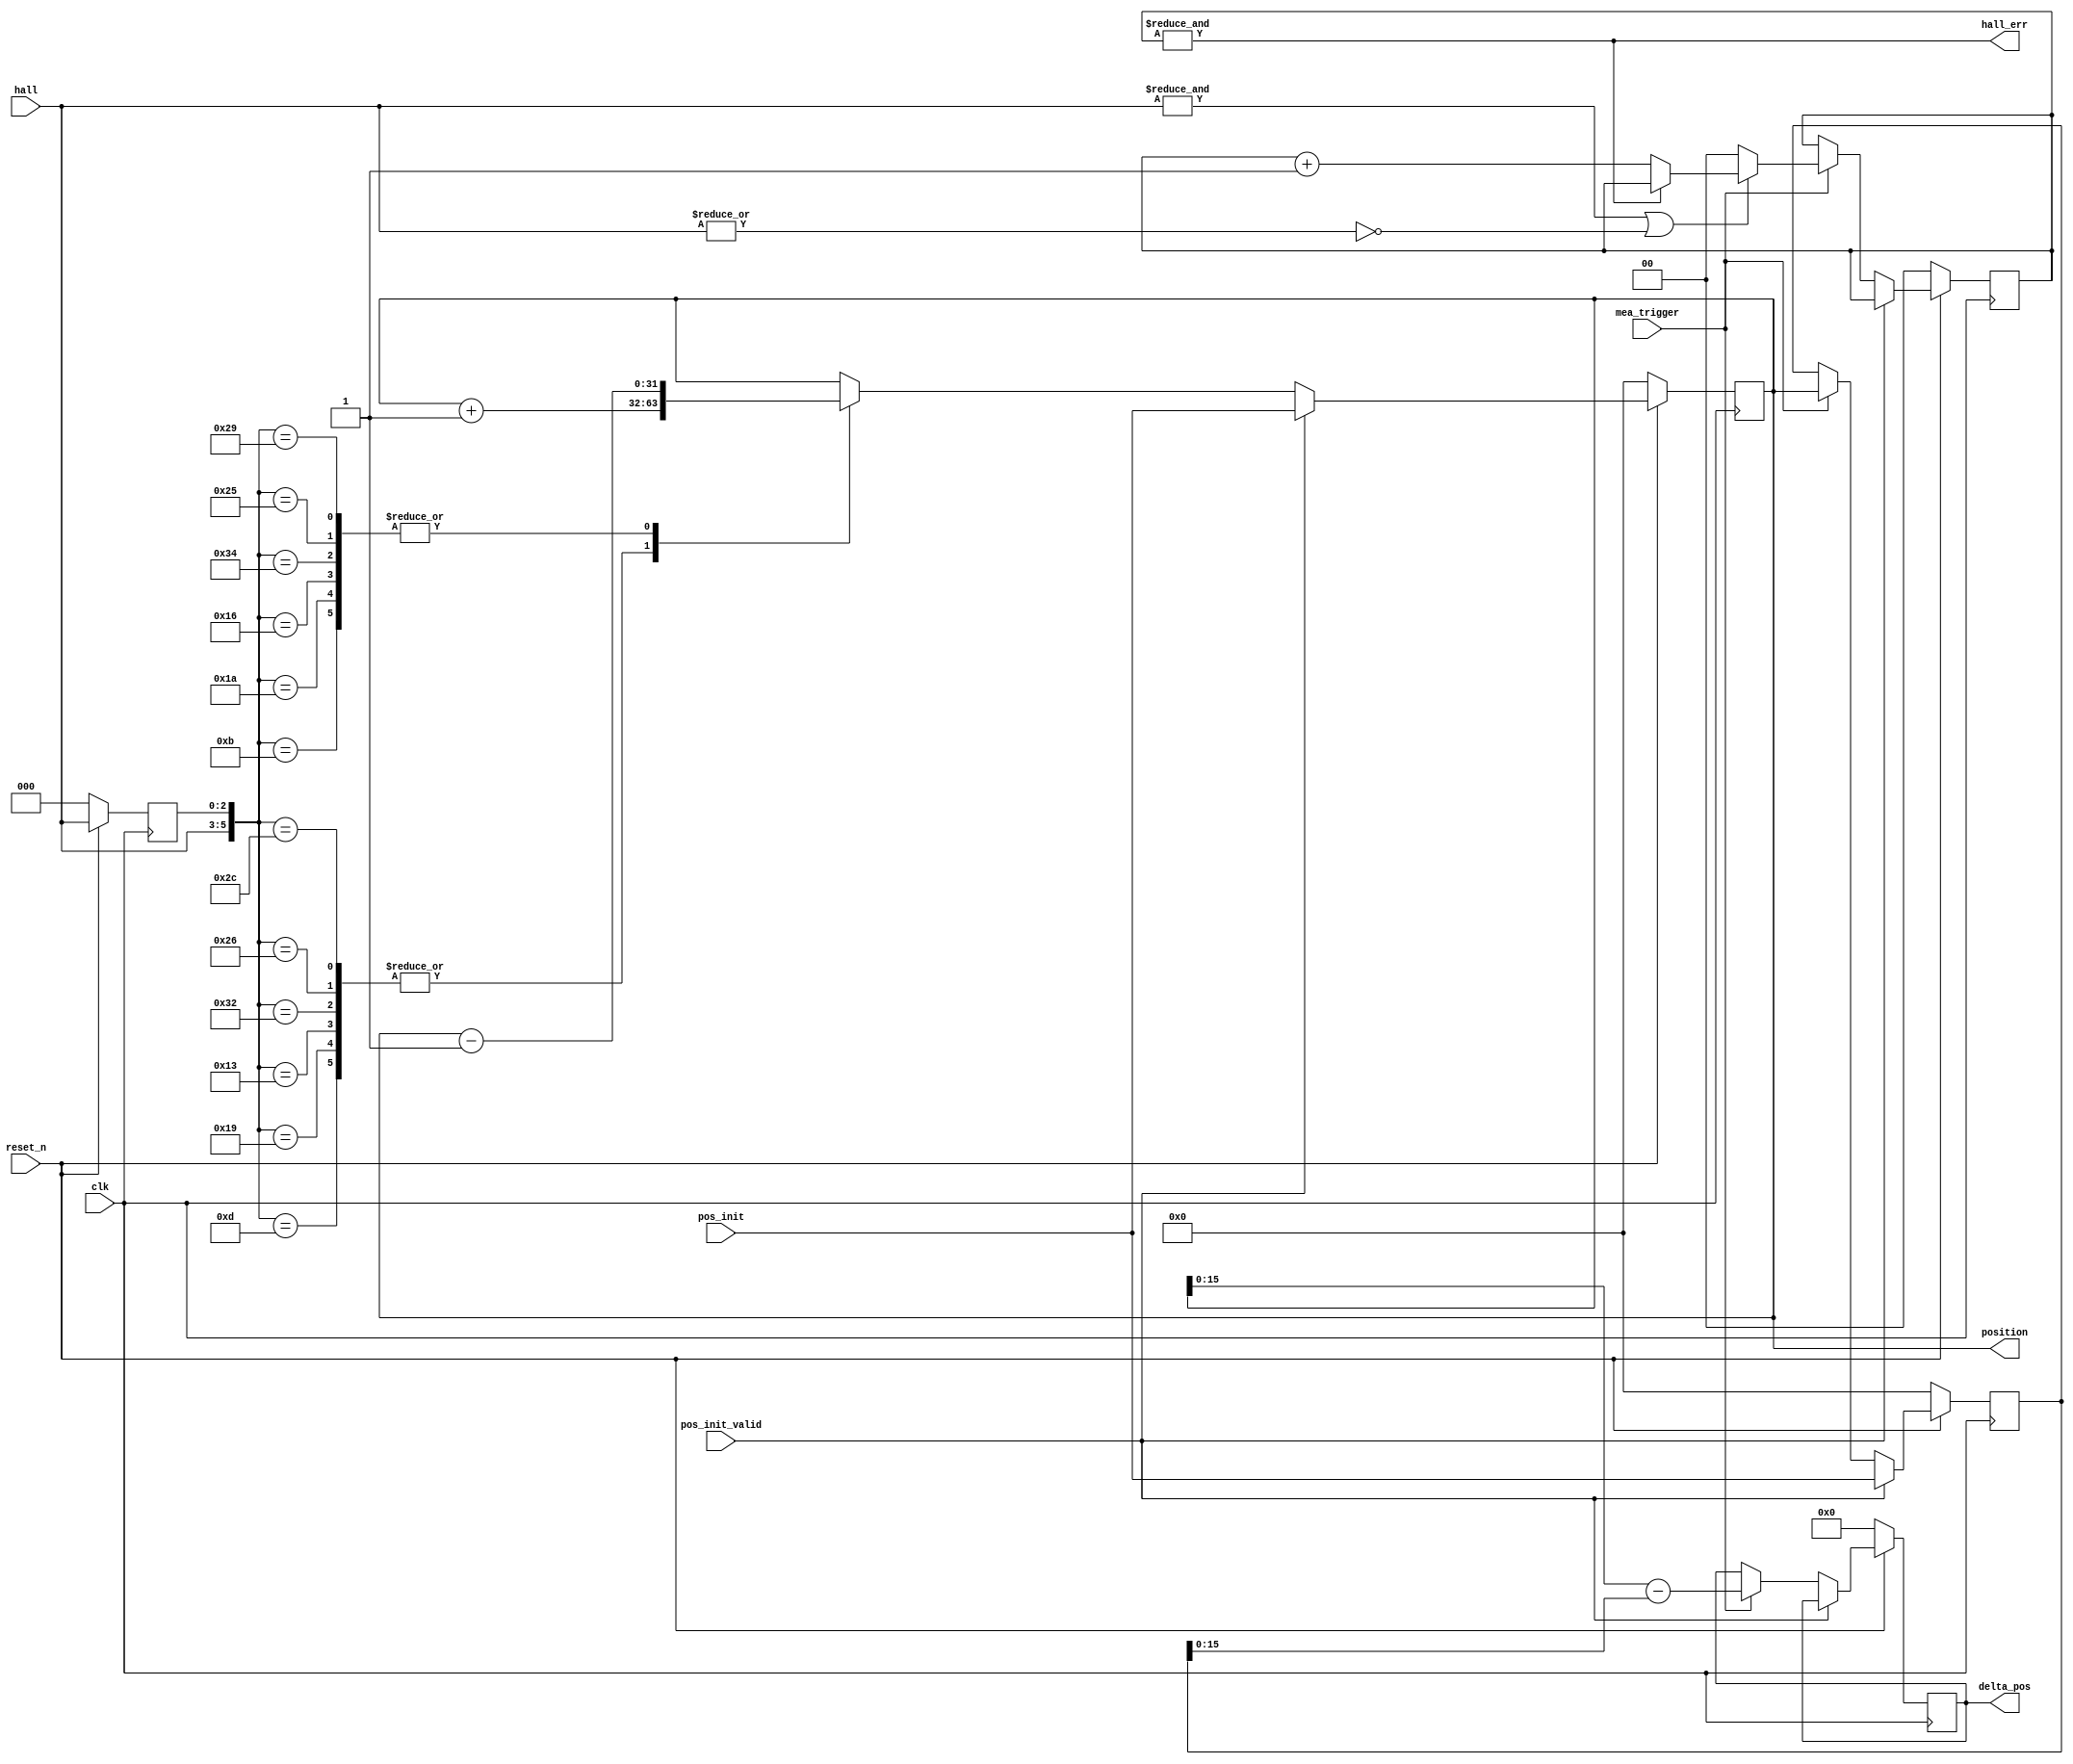
module detect_hall_pos
(
    clk,
    reset_n,
    hall, // a, b, c
    mea_trigger,
    delta_pos,
    position,

    pos_init,
    pos_init_valid,

    hall_err
);

localparam DWIDTH = 16;

input clk;
input reset_n;
input [2:0] hall;

input mea_trigger;

output reg [DWIDTH-1:0] delta_pos;

output reg [31:0] position;
input [31:0] pos_init;
input pos_init_valid;

output wire hall_err;

reg [2:0] hall_old;

wire [31:0] pos_next;
wire [31:0] pos_prev;

reg [31:0] old_position;

reg [1:0] hall_err_cnt;

assign hall_err = &hall_err_cnt;
assign pos_next = position + 1'b1;
assign pos_prev = position - 1'b1;

always @(posedge clk) begin
    if (~reset_n) begin
        delta_pos <= 0;
        position <= 0;
        hall_old <= 0;
        old_position <= 0;
        hall_err_cnt <= 0;
    end else begin
        hall_old <= hall;


        if (pos_init_valid) begin
            position <= pos_init;
            old_position <= pos_init;
        end else begin
            if (mea_trigger) begin
                delta_pos <= position - old_position;
                old_position <= position;

                if (&hall | ~(|hall)) begin
                    hall_err_cnt <= hall_err? hall_err_cnt: hall_err_cnt + 1'b1;
                end else begin
                    hall_err_cnt <= 0;
                end
            end 

            
            case ({hall, hall_old})
                {3'b001, 3'b101}: position <= pos_next;
                {3'b001, 3'b011}: position <= pos_prev;

                {3'b011, 3'b001}: position <= pos_next;
                {3'b011, 3'b010}: position <= pos_prev;

                {3'b010, 3'b011}: position <= pos_next;
                {3'b010, 3'b110}: position <= pos_prev;

                {3'b110, 3'b010}: position <= pos_next;
                {3'b110, 3'b100}: position <= pos_prev;

                {3'b100, 3'b110}: position <= pos_next;
                {3'b100, 3'b101}: position <= pos_prev;

                {3'b101, 3'b100}: position <= pos_next;
                {3'b101, 3'b001}: position <= pos_prev;

                default: position <= position;
            endcase
        end


    end
end

endmodule